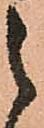
之